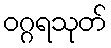
ဝဂ္ဂရသုတ်